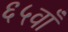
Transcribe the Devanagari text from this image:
६५वाँ